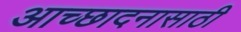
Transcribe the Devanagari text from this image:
आच्छादनासाठी